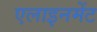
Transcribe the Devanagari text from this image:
एलाइनमेंट